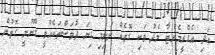
އަދި އެގްރީމެންޓާ މެދު ވަކި ގޮތެއް ނުނިމި ގިނަ ދުވަސްތަކެއްވީ ގާނޫނީ ގޮތުން